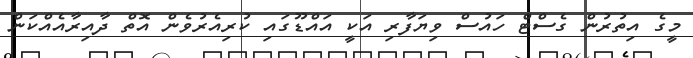
މީގެ އިތުރުން ގެސްޓް ހައުސް ވިޔަފާރި އަކީ އައްޑޫގައި ކުރިއެރުވެން އޮތް ދާއިރާއެއްކަން